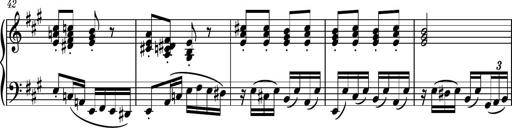
Title: Piano Sonatina No.6
Composer: Dimitri Sykias
Key: A major